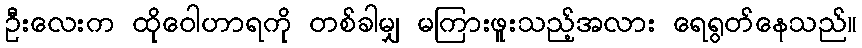
ဦးလေးက ထိုဝေါဟာရကို တစ်ခါမျှ မကြားဖူးသည့်အလား ရေရွတ်နေသည်။